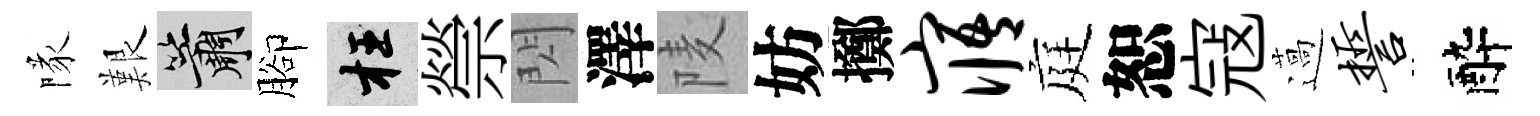
隊艱簫腳枉禜閃澤𨹧妨擲寤庭恕寇薖誓醉